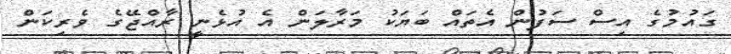
ގައުމުގެ އިސް ސަފުން އެތައް ބަޔަކު މަރާލަން އެ އުޅެނީ ރާއްޖޭގެ ވެރިކަން